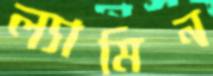
ল্যামিন